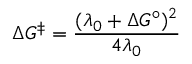
\Delta G ^ { \ddagger } = { \frac { ( \lambda _ { 0 } + \Delta G ^ { \circ } ) ^ { 2 } } { 4 \lambda _ { 0 } } }